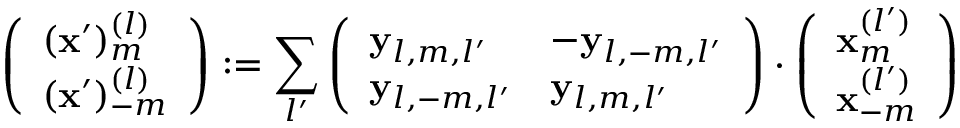
\left( \begin{array} { l } { ( \mathbf { x } ^ { \prime } ) _ { m } ^ { ( l ) } } \\ { ( \mathbf { x } ^ { \prime } ) _ { - m } ^ { ( l ) } } \end{array} \right) : = \sum _ { l ^ { \prime } } \left( \begin{array} { l l } { \mathbf { y } _ { l , m , l ^ { \prime } } } & { - \mathbf { y } _ { l , - m , l ^ { \prime } } } \\ { \mathbf { y } _ { l , - m , l ^ { \prime } } } & { \mathbf { y } _ { l , m , l ^ { \prime } } } \end{array} \right) \cdot \left( \begin{array} { l } { \mathbf { x } _ { m } ^ { ( l ^ { \prime } ) } } \\ { \mathbf { x } _ { - m } ^ { ( l ^ { \prime } ) } } \end{array} \right)